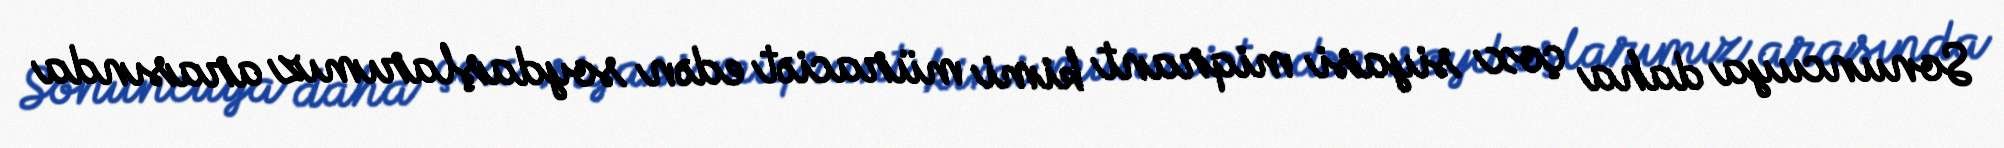
Sonuncuya daha çox siyasi miqrant kimi müraciət edən soydaşlarımız arasında